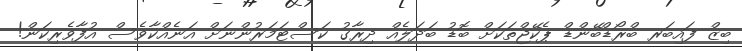
ބިޒް ފައިބަރ ބްރޯޑްބޭންޑް ޕެކޭޖްތަކަށް ބޮޑު ބަދަލެއް ދިރާގު ކަސްޓަމަރުންނަށް އަނެއްކާވެސް އުފާވެރިކަން!